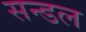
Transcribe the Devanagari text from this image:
सन्डल